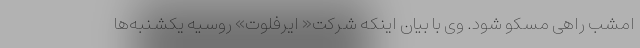
امشب راهی مسکو شود. وی با بیان اینکه شرکت« ایرفلوت» روسیه یکشنبه‌ها